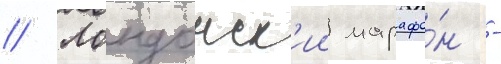
// Лондонск'ии марафо́н -